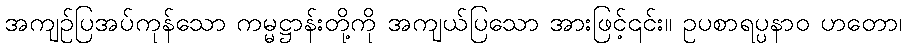
အကျဉ်ပြအပ်ကုန်သော ကမ္မဋ္ဌာန်းတို့ကို အကျယ်ပြသော အားဖြင့်၎င်း။ ဥပစာရပ္ပနာဝ ဟတော၊